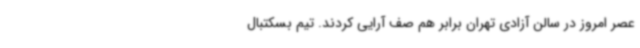
عصر امروز در سالن آزادی تهران برابر هم صف آرایی کردند. تیم بسکتبال